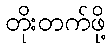
တိုးတက်ဖို့